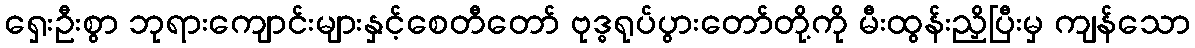
ရှေးဦးစွာ ဘုရားကျောင်းများနှင့်စေတီတော် ဗုဒ္ဓရုပ်ပွားတော်တို့ကို မီးထွန်းညှိပြီးမှ ကျန်သော